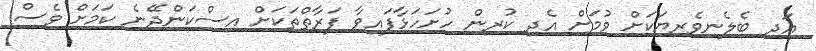
އަދި ބެލެނިވެރިޔަކަށް ވުމަށް އެދި ކުރިން ހުށަހަޅާފައިވާ ފަރާތްތަކަށް އިސްކަންދޭނެ ކަމަށް ވެސް